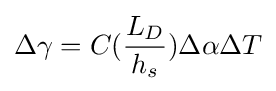
\Delta \gamma =C({\frac {L_{D}}{h_{s}}})\Delta \alpha \Delta T